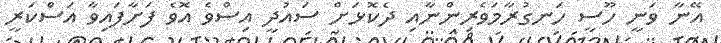
އޭނާ ވަނީ ހޫސީ ހަނގުރާމަވެރިންނާއި ދެކޮޅަށް ސައުދީ އިސްވެ އޮވެ ފަށާފައިވާ އަސްކަރީ